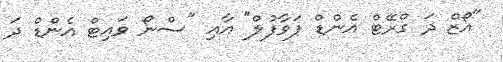
"އޯޒް ދަ ގްރޭޓް އެންޑް ޕަވާފުލް" އާއި "ސްނޯ ވައިޓް އެންޑް ދަ